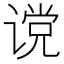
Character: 谠